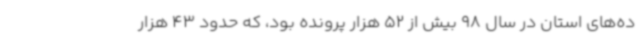
ده‌های استان در سال 98 بیش از 52 هزار پرونده بود، که حدود 43 هزار